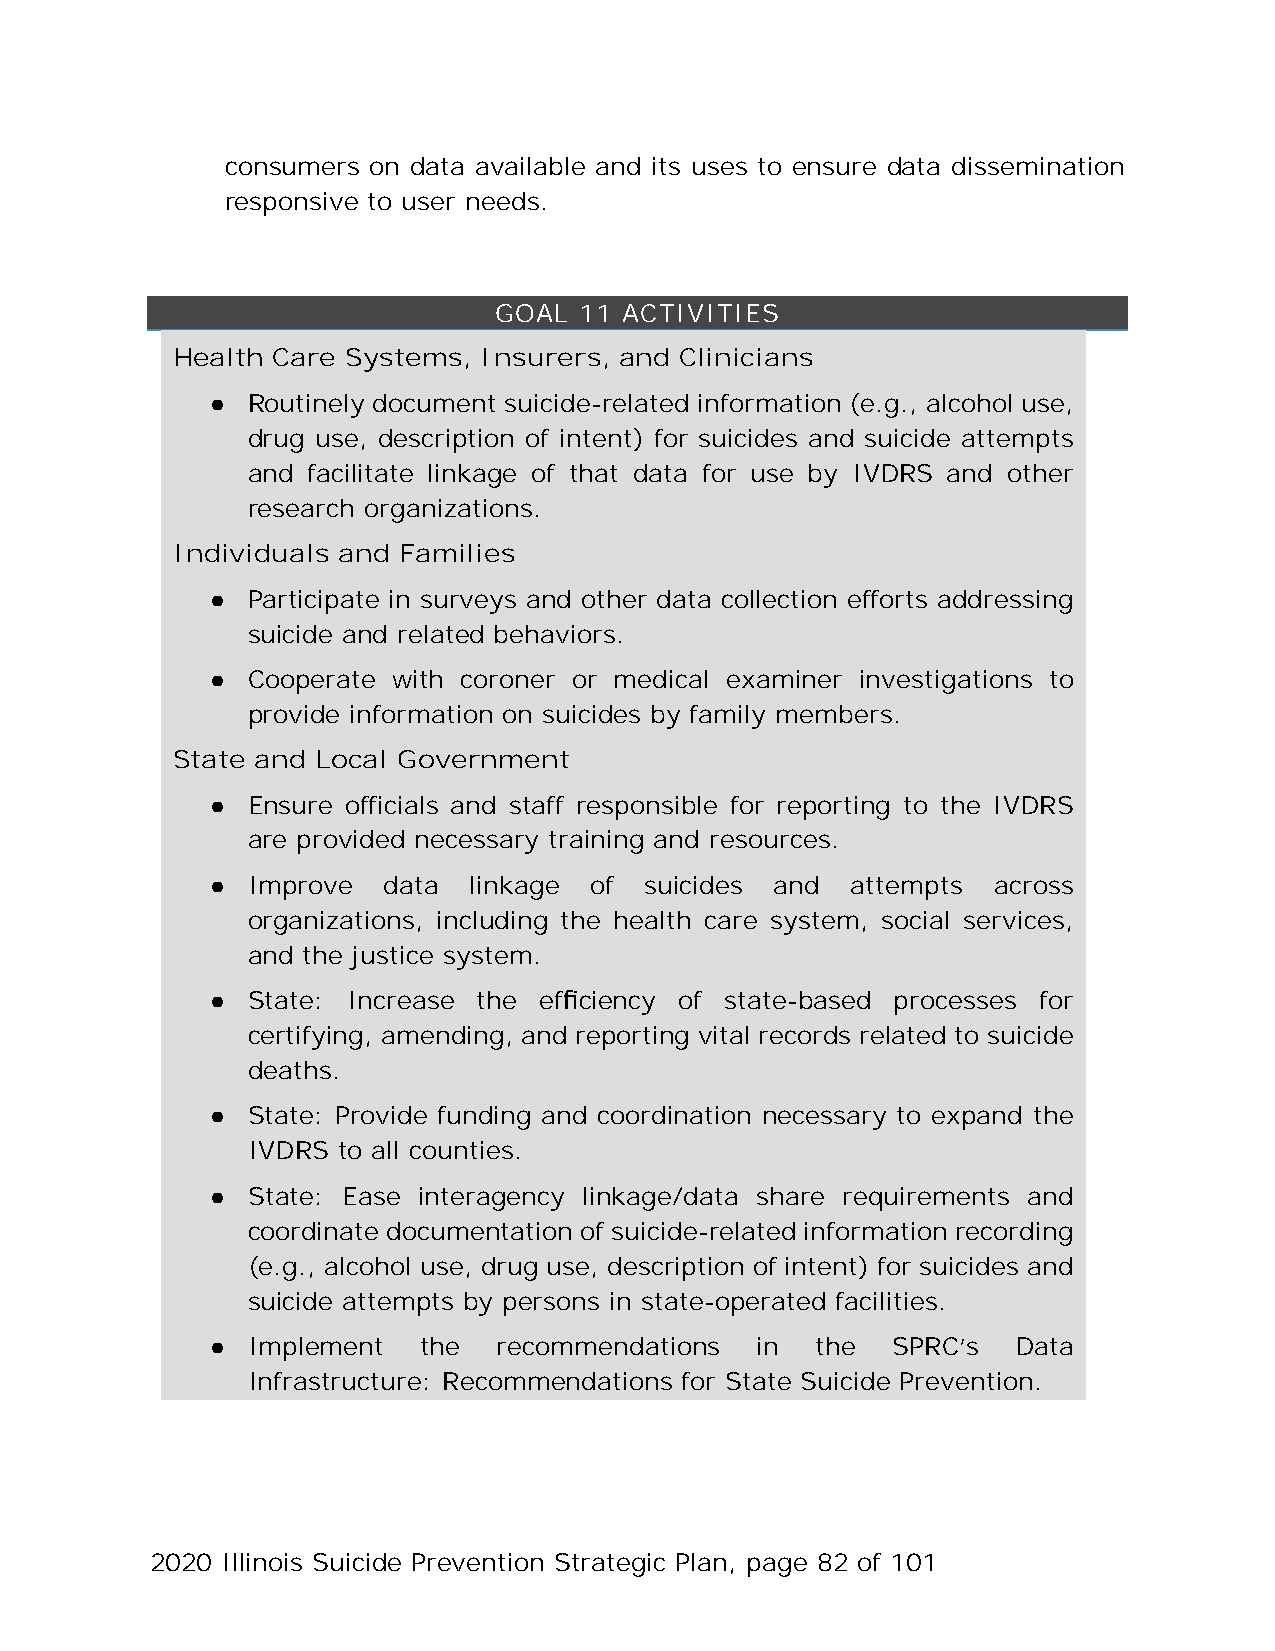
consumers on data available and its uses to ensure data dissemination
 responsive to user needs.
 GOAL 11 ACTIVITIES
 Health Care Systems, Insurers, and Clinicians
 ● Routinely document suicide-related information (e.g., alcohol use,
 drug use, description of intent) for suicides and suicide attempts
 and facilitate linkage of that data for use by IVDRS and other
 research organizations.
 Individuals and Families
 ● Participate in surveys and other data collection efforts addressing
 suicide and related behaviors.
 ● Cooperate with coroner or medical examiner investigations to
 provide information on suicides by family members.
 State and Local Government
 ● Ensure officials and staff responsible for reporting to the IVDRS
 are provided necessary training and resources.
 ● Improve  data  linkage of  suicides and attempts  across
 organizations, including the health care system, social services,
 and the justice system.
 ● State: Increase the efficiency of state-based processes for
 certifying, amending, and reporting vital records related to suicide
 deaths.
 ● State: Provide funding and coordination necessary to expand the
 IVDRS to all counties.
 ● State: Ease interagency linkage/data share requirements and
 coordinate documentation of suicide-related information recording
 (e.g., alcohol use, drug use, description of intent) for suicides and
 suicide attempts by persons in state-operated facilities.
 ● Implement   the  recommendations  in  the  SPRC’s  Data
 Infrastructure: Recommendations for State Suicide Prevention.
 2020 Illinois Suicide Prevention Strategic Plan, page 82 of 101